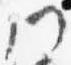
門